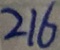
2 1 6